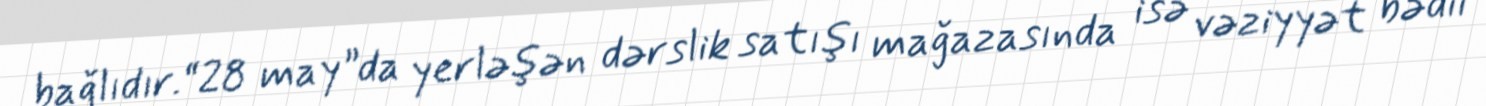
bağlıdır.“28 may”da yerləşən dərslik satışı mağazasında isə vəziyyət bədii